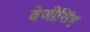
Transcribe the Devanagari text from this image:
बेणीसिंह